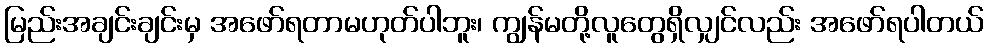
မြည်းအချင်းချင်းမှ အဖော်ရတာမဟုတ်ပါဘူး၊ ကျွန်မတို့လူတွေရှိလျှင်လည်း အဖော်ရပါတယ်